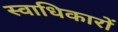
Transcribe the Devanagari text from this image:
स्वाधिकारों